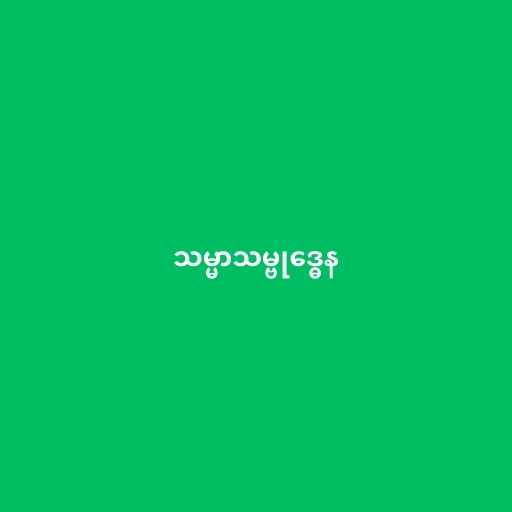
သမ္မာသမ္ဗုဒ္ဓေန